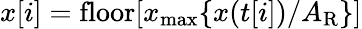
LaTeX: x[i]=\mathrm{floor}[x_{\mathrm{max}}\{ x(t[i])/A_{\mathrm{R}}\} ]